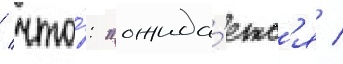
/ что́: "ожида́етс'я /